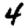
Digit: 4